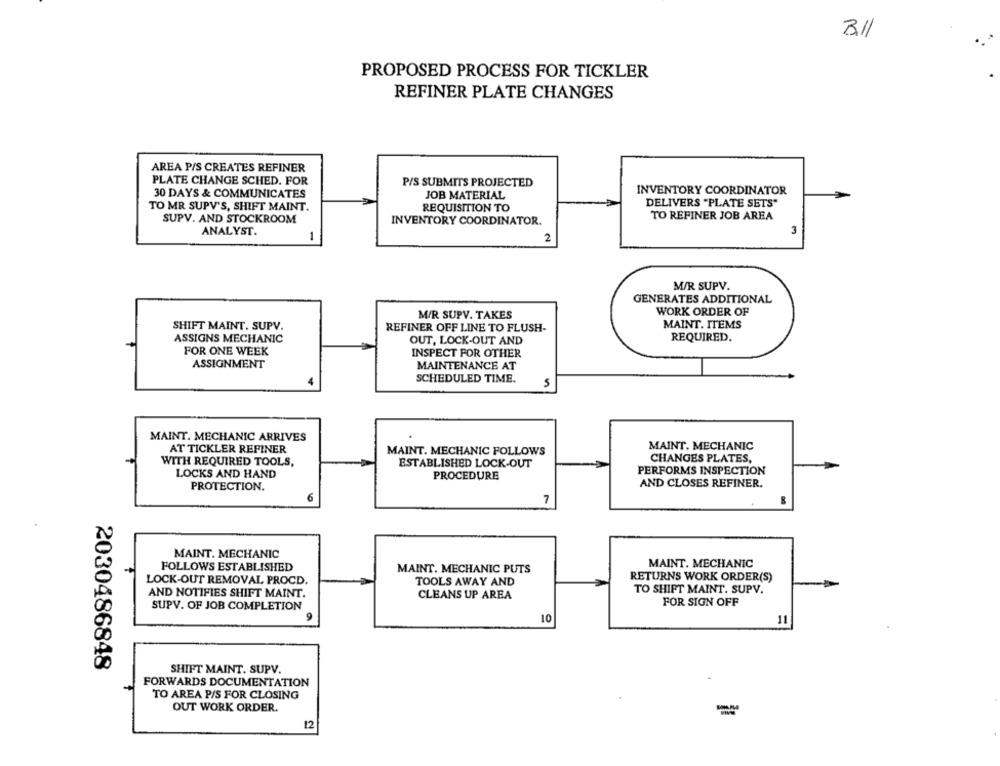
3.11
PROPOSED PROCESS FOR TICKLER
REFINER PLATE CHANGES
AREA P/S CREATES REFINER
PLATE CHANGE SCHED. FOR
P/S SUBMITS PROJECTED
INVENTORY COORDINATOR
30 DAYS & COMMUNICATES
JOB MATERIAL
TO MR SUPV'S, SHIFT MAINT.
REQUISITION TO
DELIVERS "PLATE SETS"
SUPV. AND STOCKROOM
INVENTORY COORDINATOR.
TO REFINER JOB AREA
ANALYST.
1
2
M/R SUPV.
GENERATES ADDITIONAL
M/R SUPV. TAKES
WORK ORDER OF
SHIFT MAINT. SUPV.
REFINER OFF LINE TO FLUSH-
MAINT. ITEMS
ASSIGNS MECHANIC
REQUIRED.
OUT, LOCK-OUT AND
FOR ONE WEEK
INSPECT FOR OTHER
ASSIGNMENT
MAINTENANCE AT
SCHEDULED TIME.
MAINT. MECHANIC ARRIVES
AT TICKLER REFINER
MAINT. MECHANIC FOLLOWS
MAINT. MECHANIC
CHANGES PLATES,
WITH REQUIRED TOOLS,
ESTABLISHED LOCK-OUT
LOCKS AND HAND
PROCEDURE
PERFORMS INSPECTION
PROTECTION.
AND CLOSES REFINER.
7
MAINT. MECHANIC
FOLLOWS ESTABLISHED
MAINT. MECHANIC
MAINT. MECHANIC PUTS
LOCK-OUT REMOVAL PROCD.
TOOLS AWAY AND
RETURNS WORK ORDER(S)
TO SHIFT MAINT. SUPV.
AND NOTIFIES SHIFT MAINT.
CLEANS UP AREA
SUPV. OF JOB COMPLETION
FOR SIGN OFF
10
11
2030486848
SHIFT MAINT. SUPV.
FORWARDS DOCUMENTATION
TO AREA P/S FOR CLOSING
OUT WORK ORDER.
12